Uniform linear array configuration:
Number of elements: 4
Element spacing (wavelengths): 0.25
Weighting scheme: binomial
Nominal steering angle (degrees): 60
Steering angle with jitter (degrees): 61.421
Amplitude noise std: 0.05
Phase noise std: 0.05

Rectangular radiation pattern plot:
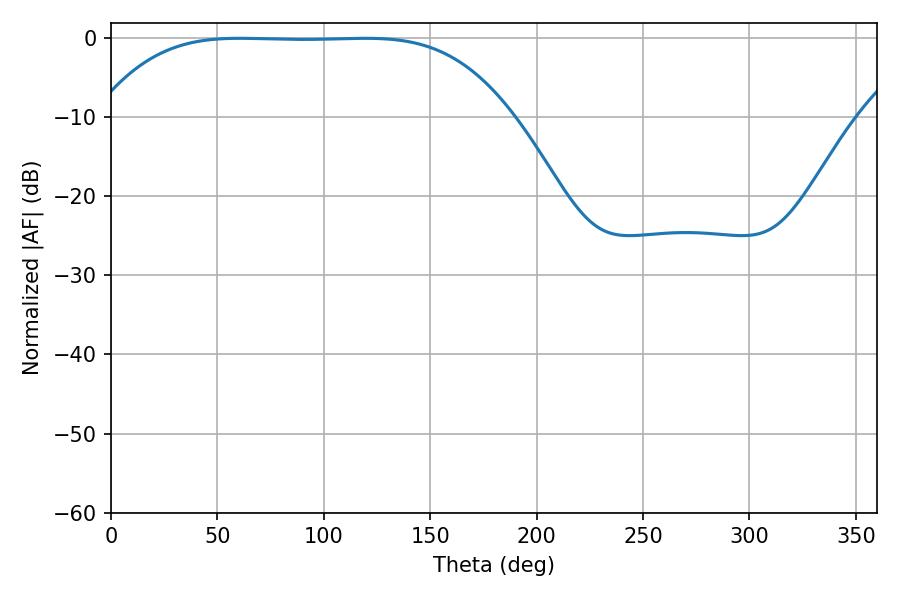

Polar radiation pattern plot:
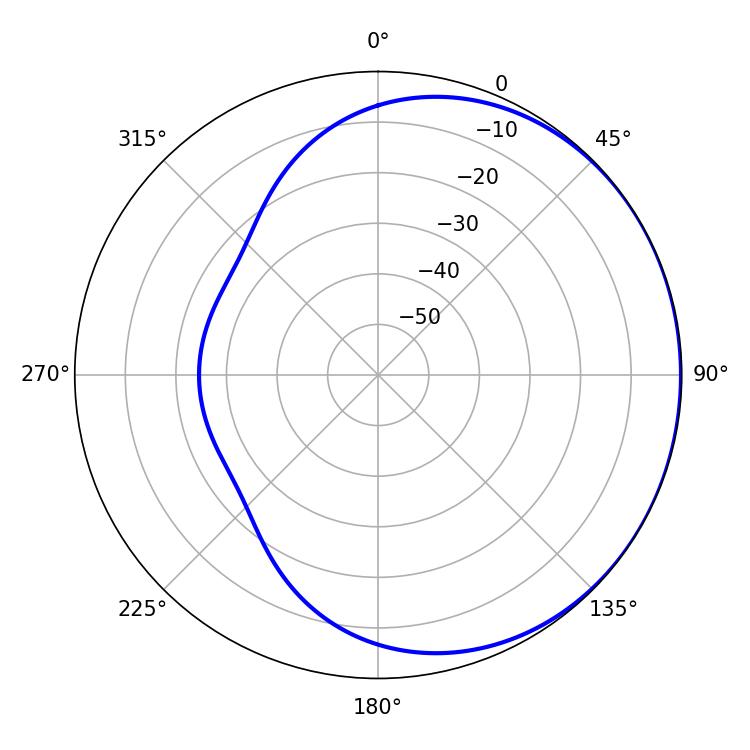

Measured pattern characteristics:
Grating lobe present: FALSE
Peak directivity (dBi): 0.4522
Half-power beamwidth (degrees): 147.6
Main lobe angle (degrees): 60.66